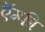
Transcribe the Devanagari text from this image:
ऍम्‍फी